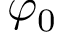
\varphi _ { 0 }